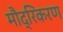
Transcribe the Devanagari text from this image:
मौद्रिकरण